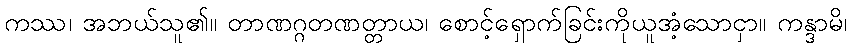
ကဿ၊ အဘယ်သူ၏။ တာဏဂ္ဂတဏတ္တာယ၊ စောင့်ရှောက်ခြင်းကိုယူအံ့သောငှာ။ ကန္ဒာမိ၊